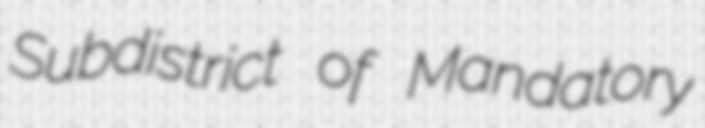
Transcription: Subdistrict of Mandatory